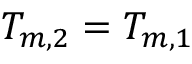
T _ { m , 2 } = T _ { m , 1 }